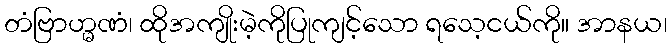
တံဗြာဟ္မဏံ၊ ထိုအကျိုးမဲ့ကိုပြုကျင့်သော ရသေ့ငယ်ကို။ အာနယ၊